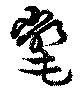
氅